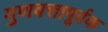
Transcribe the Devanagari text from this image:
गुणवत्तापूर्वक